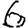
Digit: 6